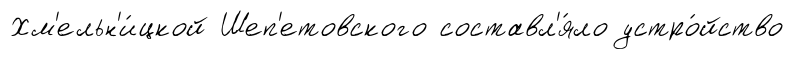
Хм'ельн'и́цкой Шеп'етовского составл'я́ло устро́йство